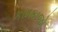
કામકાજો